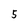
Character: 5